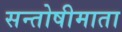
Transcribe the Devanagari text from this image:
सन्तोषीमाता